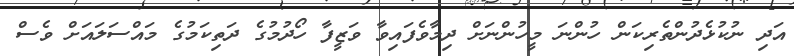
އަދި ނުކުޅެދުންތެރިކަން ހުންނަ މީހުންނަށް ދިމާވެފައިވާ ވަޒީފާ ހޯދުމުގެ ދަތިކަމުގެ މައްސަލައަށް ވެސް